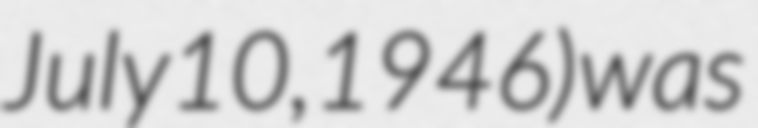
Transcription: July 10, 1946) was